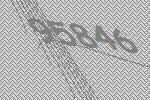
95846